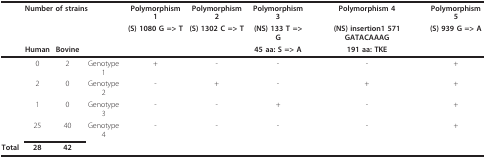
<table><thead><tr><td></td><td colspan="3"><b>Number of strains </b></td><td><b>Polymorphism 1</b></td><td><b>Polymorphism 2</b></td><td><b>Polymorphism 3</b></td><td><b>Polymorphism 4</b></td><td><b>Polymorphism 5</b></td></tr><tr><td></td><td></td><td></td><td></td><td><b>(S) 1080 G =&gt; T</b></td><td><b>(S) 1302 C =&gt; T</b></td><td><b>(NS) 133 T =&gt; G</b></td><td><b>(NS) insertion1 571 GATACAAAG</b></td><td><b>(S) 939 G =&gt; A</b></td></tr><tr><td></td><td><b>Human</b></td><td><b>Bovine</b></td><td></td><td></td><td></td><td><b>45 aa: S =&gt; A</b></td><td><b>191 aa: TKE</b></td><td></td></tr></thead><tbody><tr><td></td><td>0</td><td>2</td><td>Genotype 1</td><td>+</td><td>-</td><td>-</td><td>-</td><td>+</td></tr><tr><td></td><td>2</td><td>0</td><td>Genotype 2</td><td>-</td><td>+</td><td>-</td><td>+</td><td>+</td></tr><tr><td></td><td>1</td><td>0</td><td>Genotype 3</td><td>-</td><td>-</td><td>+</td><td>-</td><td>+</td></tr><tr><td></td><td>25</td><td>40</td><td>Genotype 4</td><td>-</td><td>-</td><td>-</td><td>-</td><td>+</td></tr><tr><td><b>Total</b></td><td><b>28</b></td><td><b>42</b></td><td></td><td></td><td></td><td></td><td></td><td></td></tr></tbody></table>